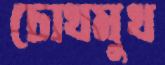
চোখমুখ